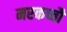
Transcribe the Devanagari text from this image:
मरकच्चौ